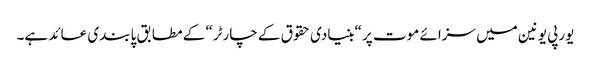
یورپی یونین میں سزائے موت پر “بنیادی حقوق کے چارٹر“ کے مطابق پابندی عائد ہے۔